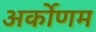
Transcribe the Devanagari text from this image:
अर्कोणम